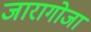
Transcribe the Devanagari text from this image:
जारागोजा